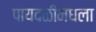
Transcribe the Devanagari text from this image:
पायदळींमधला